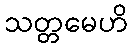
သတ္တမေဟိ